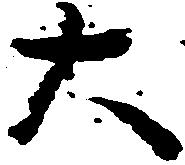
大